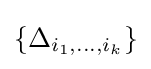
\{\Delta _{i_{1},\dots ,i_{k}}\}